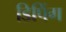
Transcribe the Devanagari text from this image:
डिपिंग